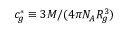
c _ { g } ^ { * } \equiv 3 M / ( 4 \pi N _ { A } R _ { g } ^ { 3 } )